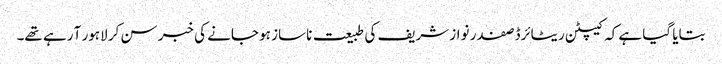
بتایا گیا ہے کہ کیپٹن ریٹائرڈ صفدر نواز شریف کی طبیعت ناساز ہو جانے کی خبر سن کر لاہور آ رہے تھے۔